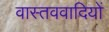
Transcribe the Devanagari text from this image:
वास्तववादियों